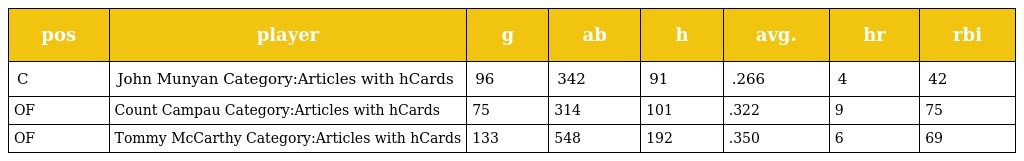
| pos | player | g | ab | h | avg. | hr | rbi |
 | --- | --- | --- | --- | --- | --- | --- | --- |
 | C | John Munyan Category:Articles with hCards | 96 | 342 | 91 | .266 | 4 | 42 |
 | OF | Count Campau Category:Articles with hCards | 75 | 314 | 101 | .322 | 9 | 75 |
 | OF | Tommy McCarthy Category:Articles with hCards | 133 | 548 | 192 | .350 | 6 | 69 |